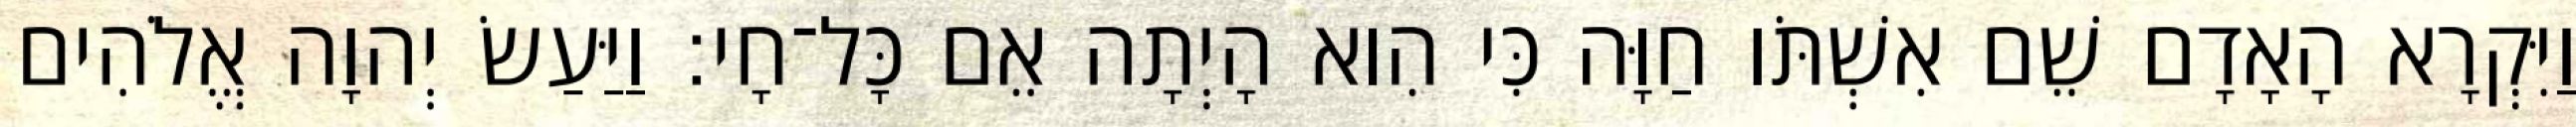
וַיִּקְרָא הָאָדָם שֵׁם אִשְׁתֹּו חַוָּה כִּי הִוא הָיְתָה אֵם כָּל־חָי׃ וַיַּעַשׂ יְהוָה אֱלֹהִים